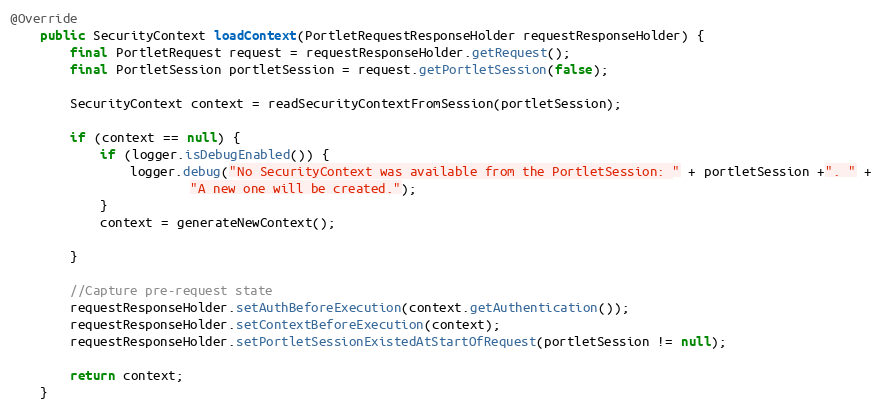
Language: Java
@Override
    public SecurityContext loadContext(PortletRequestResponseHolder requestResponseHolder) {
        final PortletRequest request = requestResponseHolder.getRequest();
        final PortletSession portletSession = request.getPortletSession(false);

        SecurityContext context = readSecurityContextFromSession(portletSession);

        if (context == null) {
            if (logger.isDebugEnabled()) {
                logger.debug("No SecurityContext was available from the PortletSession: " + portletSession +". " +
                        "A new one will be created.");
            }
            context = generateNewContext();

        }

        //Capture pre-request state
        requestResponseHolder.setAuthBeforeExecution(context.getAuthentication());
        requestResponseHolder.setContextBeforeExecution(context);
        requestResponseHolder.setPortletSessionExistedAtStartOfRequest(portletSession != null);

        return context;
    }